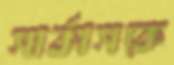
সার্কাসকে